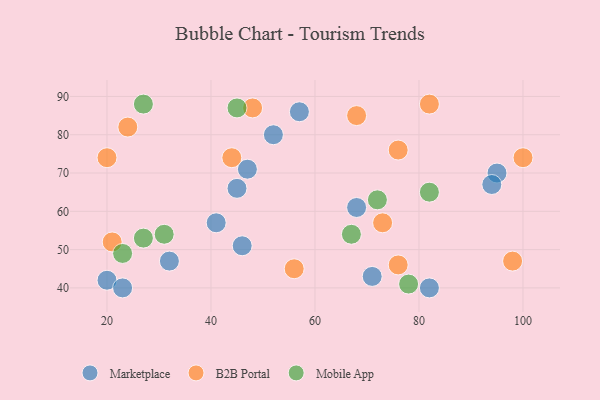
{"axis": {"x": "GDP", "y": "Life Expectancy"}, "legend": ["B2B Portal", "Marketplace", "Mobile App"], "data": [{"x": "95", "y": 70, "type": "Marketplace"}, {"x": "68", "y": 61, "type": "Marketplace"}, {"x": "94", "y": 67, "type": "Marketplace"}, {"x": "32", "y": 47, "type": "Marketplace"}, {"x": "52", "y": 80, "type": "Marketplace"}, {"x": "20", "y": 42, "type": "Marketplace"}, {"x": "46", "y": 51, "type": "Marketplace"}, {"x": "23", "y": 40, "type": "Marketplace"}, {"x": "82", "y": 40, "type": "Marketplace"}, {"x": "45", "y": 66, "type": "Marketplace"}, {"x": "71", "y": 43, "type": "Marketplace"}, {"x": "47", "y": 71, "type": "Marketplace"}, {"x": "41", "y": 57, "type": "Marketplace"}, {"x": "57", "y": 86, "type": "Marketplace"}, {"x": "68", "y": 85, "type": "B2B Portal"}, {"x": "76", "y": 76, "type": "B2B Portal"}, {"x": "76", "y": 46, "type": "B2B Portal"}, {"x": "100", "y": 74, "type": "B2B Portal"}, {"x": "48", "y": 87, "type": "B2B Portal"}, {"x": "98", "y": 47, "type": "B2B Portal"}, {"x": "24", "y": 82, "type": "B2B Portal"}, {"x": "21", "y": 52, "type": "B2B Portal"}, {"x": "44", "y": 74, "type": "B2B Portal"}, {"x": "82", "y": 88, "type": "B2B Portal"}, {"x": "56", "y": 45, "type": "B2B Portal"}, {"x": "73", "y": 57, "type": "B2B Portal"}, {"x": "20", "y": 74, "type": "B2B Portal"}, {"x": "67", "y": 54, "type": "Mobile App"}, {"x": "45", "y": 87, "type": "Mobile App"}, {"x": "23", "y": 49, "type": "Mobile App"}, {"x": "31", "y": 54, "type": "Mobile App"}, {"x": "72", "y": 63, "type": "Mobile App"}, {"x": "78", "y": 41, "type": "Mobile App"}, {"x": "27", "y": 53, "type": "Mobile App"}, {"x": "82", "y": 65, "type": "Mobile App"}, {"x": "27", "y": 88, "type": "Mobile App"}]}